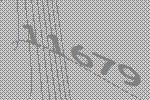
11679